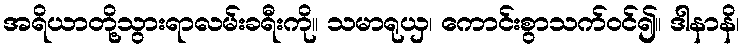
အရိယာတို့သွားရာလမ်းခရီးကို။ သမာရုယှ၊ ကောင်းစွာသက်ဝင်၍။ ဒါနာနိ၊